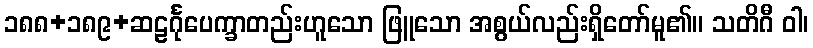
၁၈၈+၁၈၉+ဆဠင်္ဂုပေက္ခာတည်းဟူသော ဖြူသော အစွယ်လည်းရှိတော်မူ၏။ သတိဂီ ဝါ၊